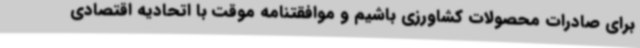
برای صادرات محصولات کشاورزی باشیم و موافقتنامه موقت با اتحادیه اقتصادی